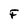
Character: F